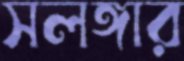
সলঙ্গার